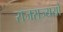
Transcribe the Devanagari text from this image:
राजराज्ययो